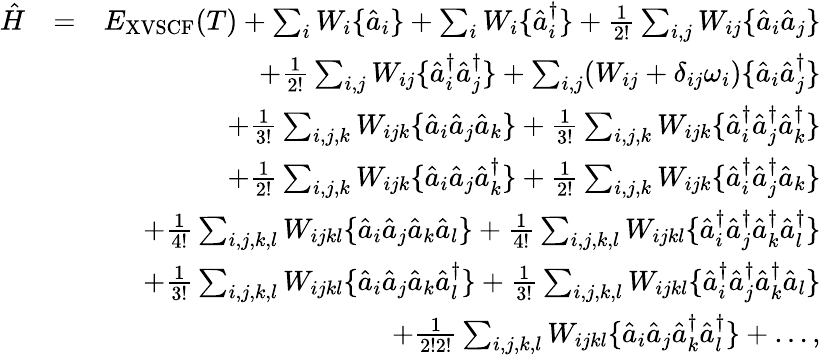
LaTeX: \begin{array}{rlr}{\hat{H}}&{=}&{E_{\mathrm{XVSCF}}(T)+\sum_{i}W_{i}\{ \hat{a}_{i}\} +\sum_{i}W_{i}\{ \hat{a}_{i}^{\dagger}\} +\frac{1}{2!}\sum_{i,j}W_{ij}\{ \hat{a}_{i}\hat{a}_{j}\} }\\ &{}&{+\frac{1}{2!}\sum_{i,j}W_{ij}\{ \hat{a}_{i}^{\dagger}\hat{a}_{j}^{\dagger}\} +\sum_{i,j}(W_{ij}+\delta_{ij}\omega_{i})\{ \hat{a}_{i}\hat{a}_{j}^{\dagger}\} }\\ &{}&{+\frac{1}{3!}\sum_{i,j,k}W_{ijk}\{ \hat{a}_{i}\hat{a}_{j}\hat{a}_{k}\} +\frac{1}{3!}\sum_{i,j,k}W_{ijk}\{ \hat{a}_{i}^{\dagger}\hat{a}_{j}^{\dagger}\hat{a}_{k}^{\dagger}\} }\\ &{}&{+\frac{1}{2!}\sum_{i,j,k}W_{ijk}\{ \hat{a}_{i}\hat{a}_{j}\hat{a}_{k}^{\dagger}\} +\frac{1}{2!}\sum_{i,j,k}W_{ijk}\{ \hat{a}_{i}^{\dagger}\hat{a}_{j}^{\dagger}\hat{a}_{k}\} }\\ &{}&{+\frac{1}{4!}\sum_{i,j,k,l}W_{ijkl}\{ \hat{a}_{i}\hat{a}_{j}\hat{a}_{k}\hat{a}_{l}\} +\frac{1}{4!}\sum_{i,j,k,l}W_{ijkl}\{ \hat{a}_{i}^{\dagger}\hat{a}_{j}^{\dagger}\hat{a}_{k}^{\dagger}\hat{a}_{l}^{\dagger}\} }\\ &{}&{+\frac{1}{3!}\sum_{i,j,k,l}W_{ijkl}\{ \hat{a}_{i}\hat{a}_{j}\hat{a}_{k}\hat{a}_{l}^{\dagger}\} +\frac{1}{3!}\sum_{i,j,k,l}W_{ijkl}\{ \hat{a}_{i}^{\dagger}\hat{a}_{j}^{\dagger}\hat{a}_{k}^{\dagger}\hat{a}_{l}\} }\\ &{}&{+\frac{1}{2!2!}\sum_{i,j,k,l}W_{ijkl}\{ \hat{a}_{i}\hat{a}_{j}\hat{a}_{k}^{\dagger}\hat{a}_{l}^{\dagger}\} +\dots,}\end{array}